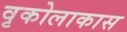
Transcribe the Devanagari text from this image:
वृकोलाकास